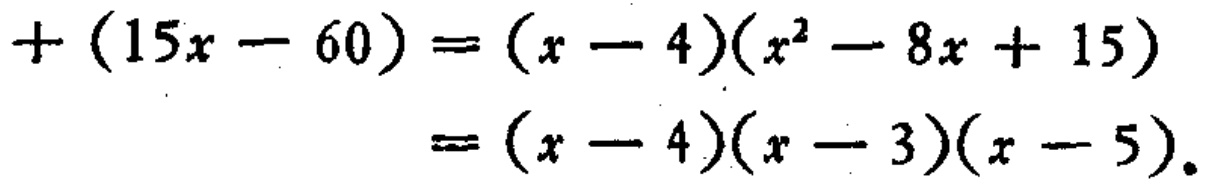
\[
\begin{align*}
+(15x - 60)&=(x - 4)(x^{2}-8x + 15)\\
&=(x - 4)(x - 3)(x - 5).
\end{align*}
\]